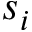
s _ { i }